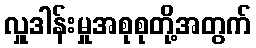
လှူဒါန်းမှုအစုစုတို့အတွက်